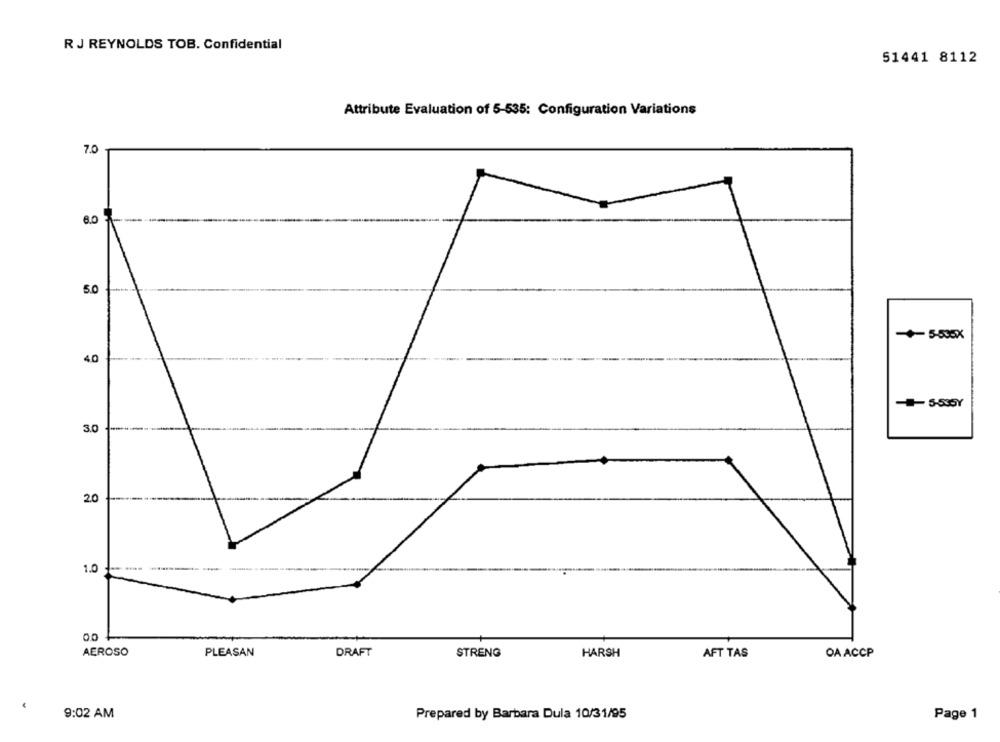
R J REYNOLDS TOB. Confidential
51441 8112
Attribute Evaluation of 5-535: Configuration Variations
7.0
8.0
5.0
40
5-535Y
30
20
1.0
AEROSO
PLEASAN
DRAFT
STRENG
HARSH
AFT TAS
OA ACCP
9:02 AM
Prepared by Barbara Dula 10/31/95
Page 1